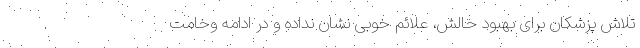
تلاش پزشکان برای بهبود حالش، علائم خوبی نشان نداده و در ادامه وخامت